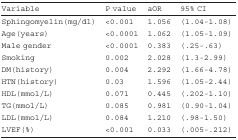
| Variable | P value | aOR | 95% CI |
 | --- | --- | --- | --- |
 | Sphingomyelin(mg/dl) | <0.001 | 1.056 | (1.04-1.08) |
 | Age(years) | <0.0001 | 1.062 | (1.05-1.09) |
 | Male gender | <0.0001 | 0.383 | (.25-.63) |
 | Smoking | 0.002 | 2.028 | (1.3-2.99) |
 | DM(history) | 0.004 | 2.292 | (1.66-4.78) |
 | HTN(history) | 0.03 | 1.596 | (1.05-2.44) |
 | HDL(mmol/L) | 0.071 | 0.445 | (.202-1.10) |
 | TG(mmol/L) | 0.085 | 0.981 | (0.90-1.04) |
 | LDL(mmol/L) | 0.084 | 1.210 | (.98-1.50) |
 | LVEF(%) | <0.001 | 0.033 | (.005-.212) |